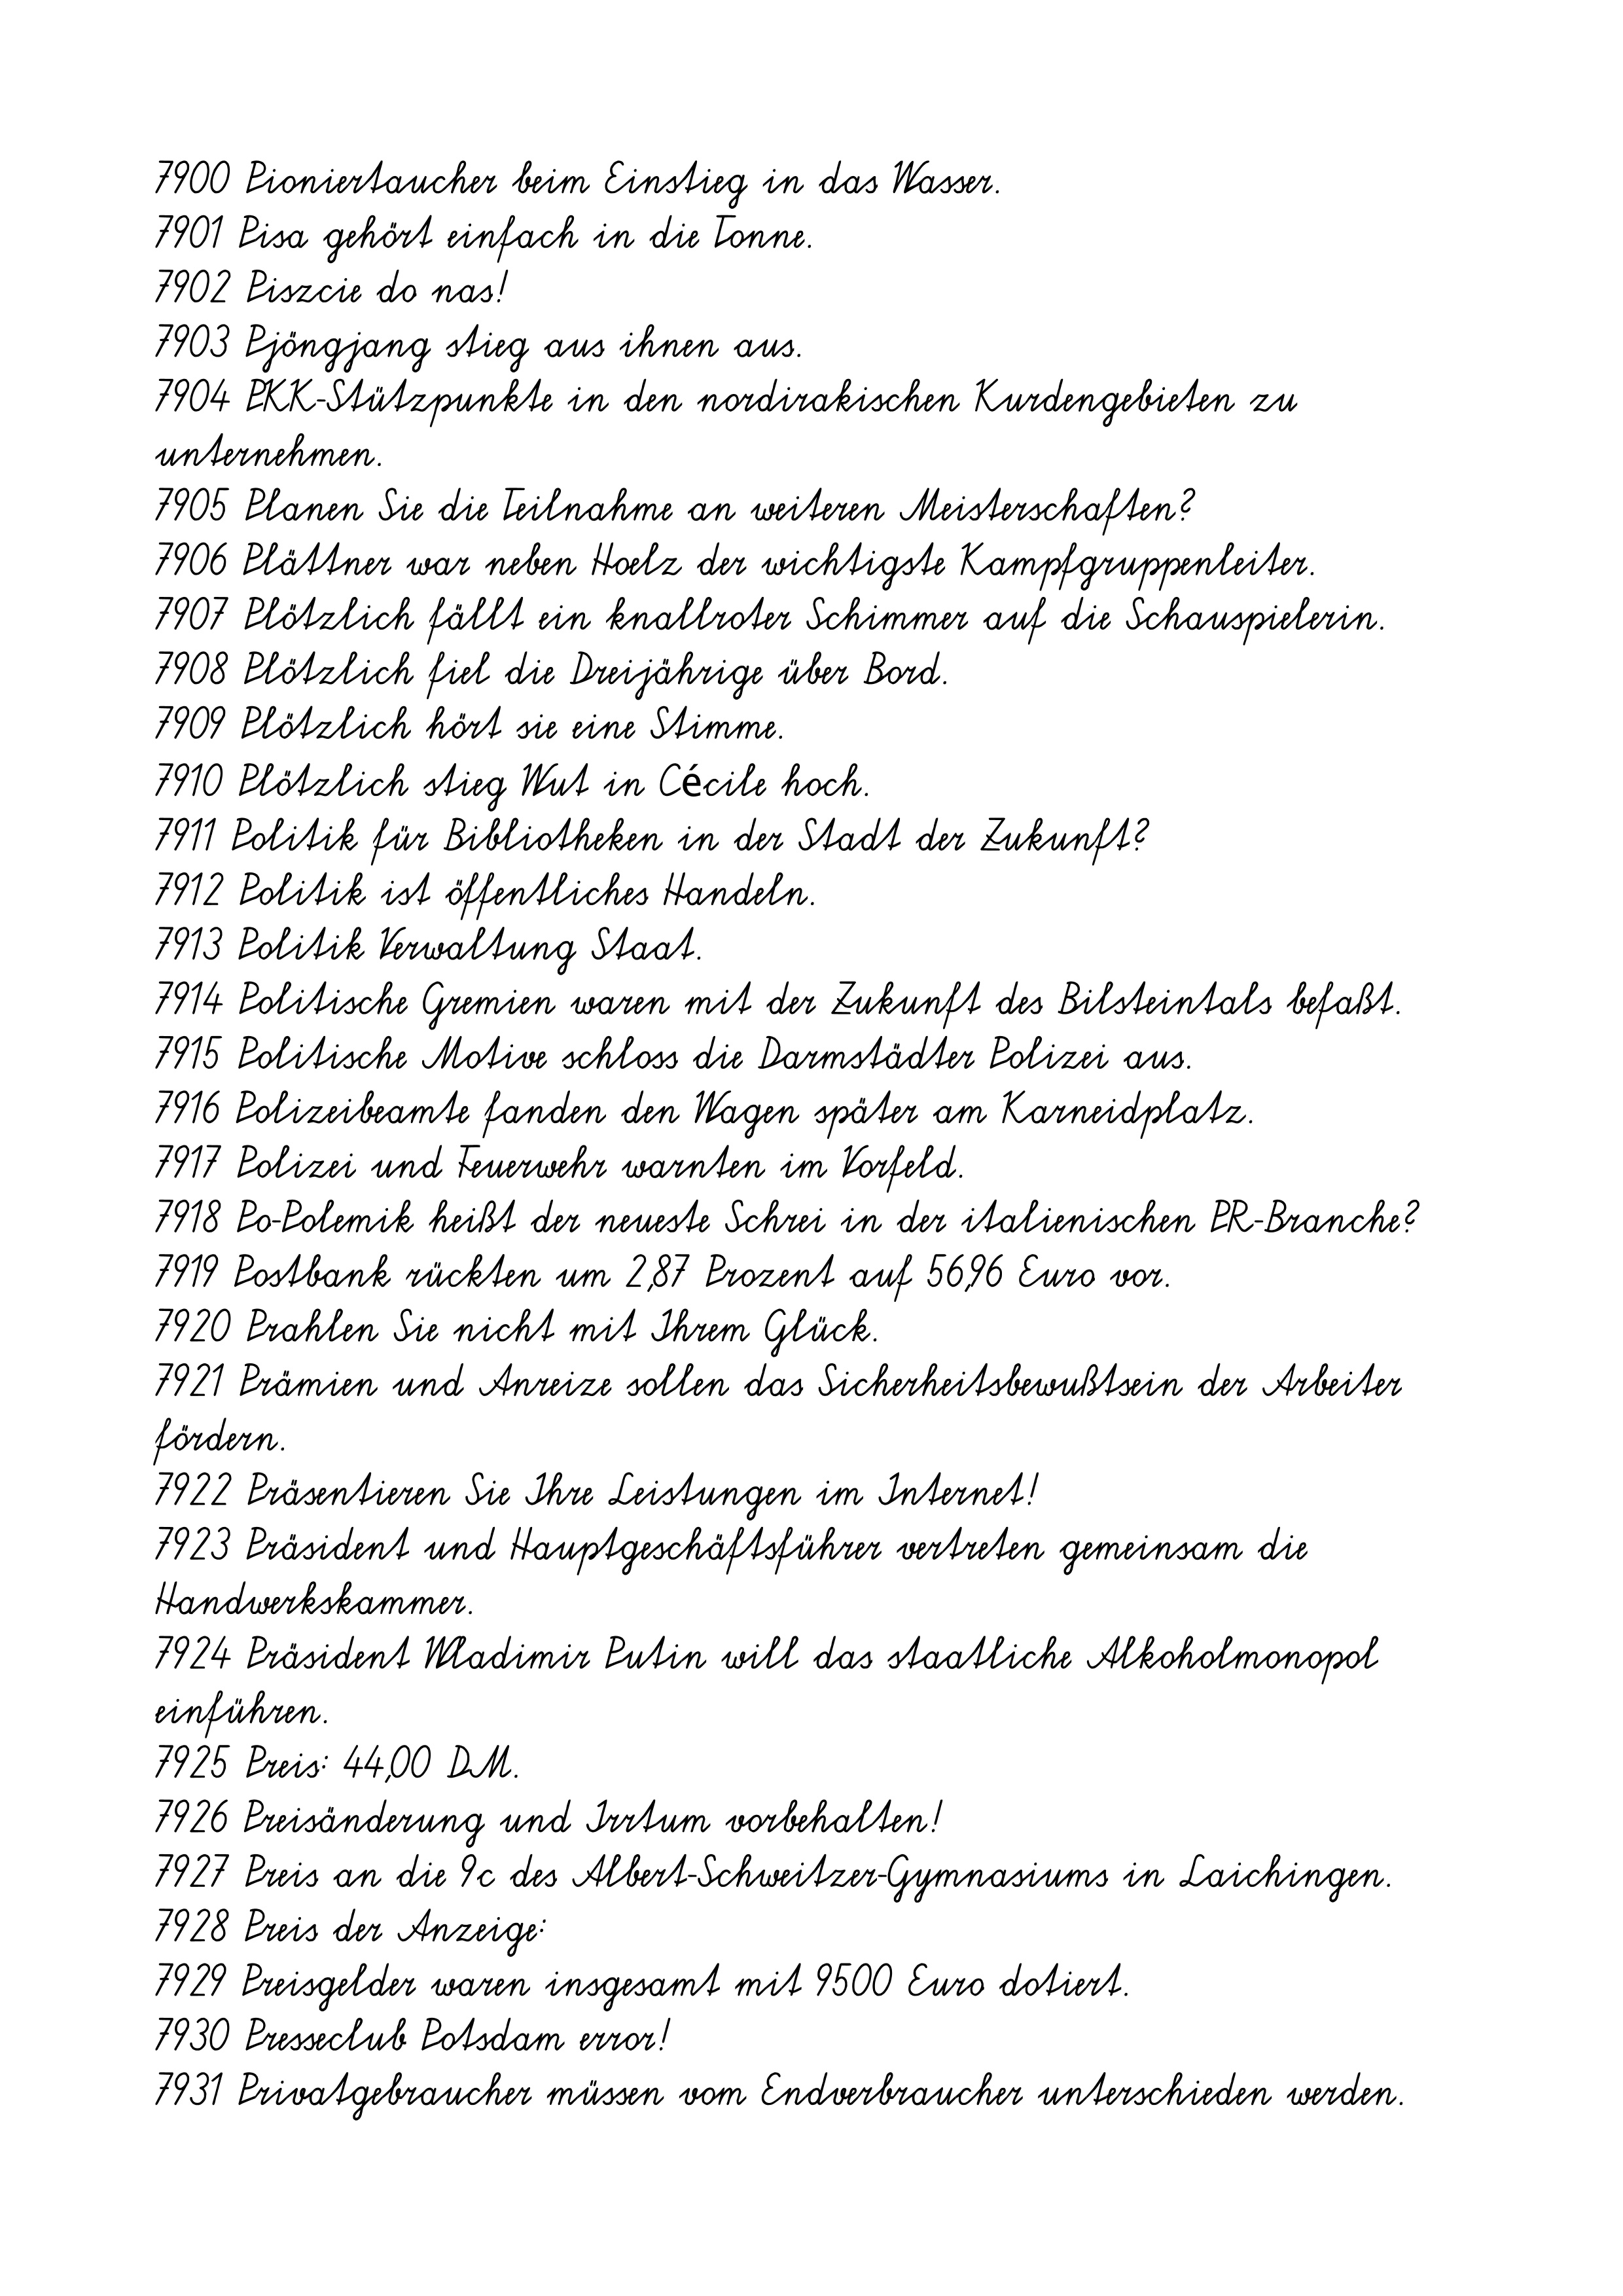
7900 Pioniertaucher beim Einstieg in das Wasser.
7901 Pisa gehört einfach in die Tonne.
7902 Piszcie do nas!
7903 Pjöngjang stieg aus ihnen aus.
7904 PKK-Stützpunkte in den nordirakischen Kurdengebieten zu
unternehmen.
7905 Planen Sie die Teilnahme an weiteren Meisterschaften?
7906 Plättner war neben Hoelz der wichtigste Kampfgruppenleiter.
7907 Plötzlich fällt ein knallroter Schimmer auf die Schauspielerin.
7908 Plötzlich fiel die Dreijährige über Bord.
7909 Plötzlich hört sie eine Stimme.
7910 Plötzlich stieg Wut in Cécile hoch.
7911 Politik für Bibliotheken in der Stadt der Zukunft?
7912 Politik ist öffentliches Handeln.
7913 Politik Verwaltung Staat.
7914 Politische Gremien waren mit der Zukunft des Bilsteintals befaßt.
7915 Politische Motive schloss die Darmstädter Polizei aus.
7916 Polizeibeamte fanden den Wagen später am Karneidplatz.
7917 Polizei und Feuerwehr warnten im Vorfeld.
7918 Po-Polemik heißt der neueste Schrei in der italienischen PR-Branche?
7919 Postbank rückten um 2,87 Prozent auf 56,96 Euro vor.
7920 Prahlen Sie nicht mit Ihrem Glück.
7921 Prämien und Anreize sollen das Sicherheitsbewußtsein der Arbeiter
fördern.
7922 Präsentieren Sie Ihre Leistungen im Internet!
7923 Präsident und Hauptgeschäftsführer vertreten gemeinsam die
Handwerkskammer.
7924 Präsident Wladimir Putin will das staatliche Alkoholmonopol
einführen.
7925 Preis: 44,00 DM.
7926 Preisänderung und Irrtum vorbehalten!
7927 Preis an die 9c des Albert-Schweitzer-Gymnasiums in Laichingen.
7928 Preis der Anzeige:
7929 Preisgelder waren insgesamt mit 9500 Euro dotiert.
7930 Presseclub Potsdam error!
7931 Privatgebraucher müssen vom Endverbraucher unterschieden werden.